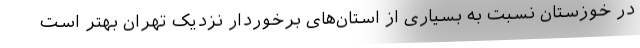
در خوزستان نسبت به بسیاری از استان‌های برخوردار نزدیک تهران بهتر است